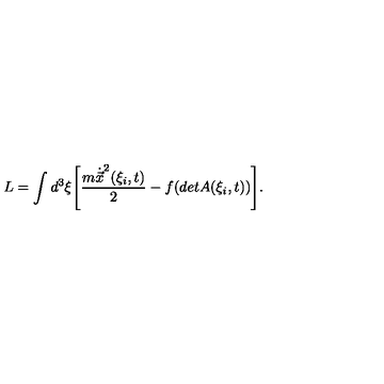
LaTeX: L = \int d ^ { 3 } \xi \Biggl [ \frac { m \dot { \vec { x } } ^ { 2 } ( \xi _ { i } , t ) } { 2 } - f ( d e t A ( \xi _ { i } , t ) ) \Biggr ] .